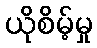
ယိုစိမ့်မှု